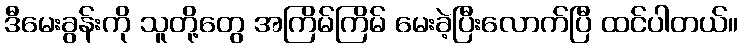
ဒီမေးခွန်းကို သူတို့တွေ အကြိမ်ကြိမ် မေးခဲ့ပြီးလောက်ပြီ ထင်ပါတယ်။